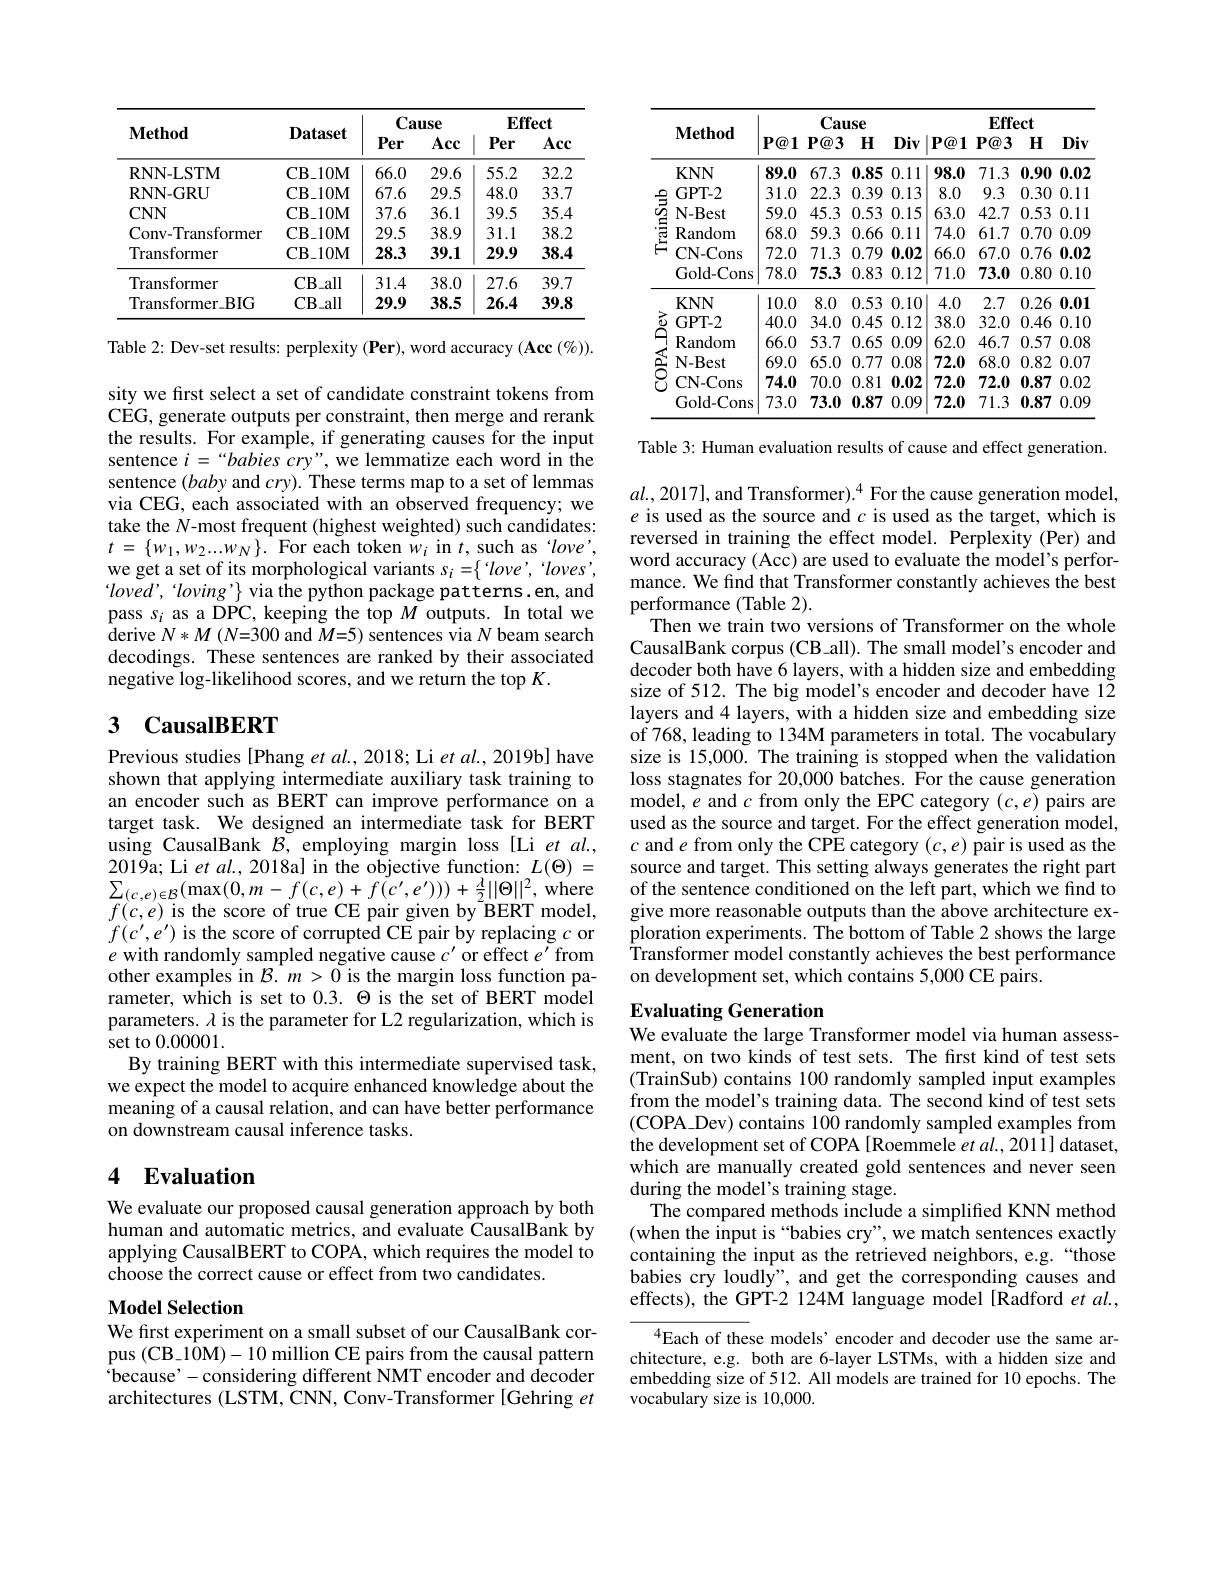
<table>
	<tbody>
		<tr>
			<th rowspan="2">$\mathbf{Method}$</th>
			<th rowspan="2">Dataset</th>
			<th colspan="2">Cause</th>
			<th colspan="2">$\mathbf{Effect}$</th>
		</tr>
		<tr>
			<th>Per</th>
			<th>Acc</th>
			<th>Per</th>
			<th>Acc</th>
		</tr>
		<tr>
			<td>RNN-LSTM</td>
			<td>$\mathbf{CB\_10M}$</td>
			<td>66.0</td>
			<td>29.6</td>
			<td>55.2</td>
			<td>32.2</td>
		</tr>
		<tr>
			<td>RNN-GRU</td>
			<td>$\mathbf{CB\_10M}$</td>
			<td>67.6</td>
			<td>29.5</td>
			<td>48.0</td>
			<td>33.7</td>
		</tr>
		<tr>
			<td>$CNN$</td>
			<td>$\mathbf{CB\_10M}$</td>
			<td>37.6</td>
			<td>36.1</td>
			<td>39.5</td>
			<td>35.4</td>
		</tr>
		<tr>
			<td>Conv-Transformer</td>
			<td>$\mathbf{CB\_10M}$</td>
			<td>29.5</td>
			<td>38.9</td>
			<td>31.1</td>
			<td>38.2</td>
		</tr>
		<tr>
			<td>Transformer</td>
			<td>CB$\_$10M</td>
			<td>28.3</td>
			<td>39.1</td>
			<td>29.9</td>
			<td>38.4</td>
		</tr>
		<tr>
			<td>Transformer</td>
			<td>CB$\_$all</td>
			<td>31.4</td>
			<td>38.0</td>
			<td>27.6</td>
			<td>39.7</td>
		</tr>
		<tr>
			<td>$Transformer\_BIG$</td>
			<td>$\mathbf{CB}_{-all}$</td>
			<td>29.9</td>
			<td>38.5</td>
			<td>26.4</td>
			<td>39.8</td>
		</tr>
	</tbody>
</table>

Table 2: Dev-set results: perplexity (Per), word accuracy (Acc (%)). sity we first select a set of candidate constraint tokens from CEG, generate outputs per constraint, then merge and rerank the results. For example, if generating causes for the input sentence $i=“babies$ cry", we lemmatize each word in the sentence $(baby$ and $cry).$ These terms map to a set of lemmas via CEG, each associated with an observed frequency; we take the $N$-most frequent (highest weighted) such candidates: $t$ = $\{ w_{1}, w_{2}. . . w_{N}\} .$ For each token $w_{i}$ in $t$, such as $love'$, we get a set of its morphological variants $s_i=\{`love',`loves'$, $loved’$, "loving'} via the python package patterns. en, and pass $s_i$ as a DPC, keeping the top $M$ outputs. In total we $\mathop{\mathrm{derive~}}N*M\left(N{=}300\mathrm{~and~}M{=}5\right)$sentences via $N$ beam search decodings. These sentences are ranked by their associated negative log-likelihood scores, and we return the top $K.$

# 3 CausalBERT

Previous studies[Phang et al., 2018; Li et al., 2019b] have shown that applying intermediate auxiliary task training to an encoder such as BERT can improve performance on a target task. We designed an intermediate task for BERT using CausalBank $\mathcal{B}$, employing margin loss[Li et al. 2019a; Li et al., 2018a] in the objective function: $L(\Theta)=$ $\sum_{(c,e)\in\mathcal{B}}(\max(0,m-f(c,e)+f(c^{\prime},e^{\prime})))+\frac{\lambda}{2}||\Theta||^{2}$,where $f(c,e)$ is the score of true CE pair given by BERT model, $f(c^{\prime},e^{\prime})$ is the score of corrupted CE pair by replacing $c$ or $e$ with randomly sampled negative cause $c^\prime$or effect$e^{\prime }$from other examples in $\mathcal{B}.m>0$ is the margin loss function parameter, which is set to $0.3.\Theta$ is the set of BERT model parameters. $\lambda$ is the parameter for L2 regularization, which is set to 0.00001.
By training BERT with this intermediate supervised task, we expect the model to acquire enhanced knowledge about the meaning of a causal relation, and can have better performance on downstream causal inference tasks.

## 4 Evaluation

We evaluate our proposed causal generation approach by both human and automatic metrics, and evaluate CausalBank by applying CausalBERT to COPA, which requires the model to choose the correct cause or effect from two candidates.

## $\mathbf{Model~Selection}$

We first experiment on a small subset of our CausalBank corpus (CB\_10M)-10 million CE pairs from the causal pattern because' - considering different NMT encoder and decoder architectures (LSTM, CNN, Conv-Transformer [Gehring $et$

<table>
	<tbody>
		<tr>
			<th> </th>
			<th>$\mathbf{Method}$</th>
			<th>$P@1$</th>
			<th>Cau $P@3$</th>
			<th>use $H$</th>
			<th>Div</th>
			<th>$|\mathbf{P@1}$</th>
			<th>Eff $P@?$</th>
			<th>ect $\mathbf{H}$</th>
			<th>Div</th>
		</tr>
		<tr>
			<th> </th>
			<th> </th>
			<th colspan="4">Cause</th>
			<th colspan="4">$\mathbf{Effect}$</th>
		</tr>
		<tr>
			<th> </th>
			<th>$\mathbf{Method}$</th>
			<th>$P@1$</th>
			<th>$P@3$</th>
			<th>$H$</th>
			<th>Div</th>
			<th>$P@1$</th>
			<th>$P@?$</th>
			<th>$H$</th>
			<th>Div</th>
		</tr>
		<tr>
			<td rowspan="5"> </td>
			<td>$KNN$</td>
			<td>89.0</td>
			<td>67.3</td>
			<td>0.85</td>
			<td>0.11</td>
			<td>98.0</td>
			<td>71.3</td>
			<td>0.90</td>
			<td>0.02 0</td>
		</tr>
		<tr>
			<td>GPT-2</td>
			<td>31.0</td>
			<td>22.3</td>
			<td>0.39</td>
			<td>0.13</td>
			<td>8.0</td>
			<td>9.3</td>
			<td>0.30</td>
			<td>0.11 0 </td>
		</tr>
		<tr>
			<td>N-Best</td>
			<td>59.0</td>
			<td>45.3</td>
			<td>0.53</td>
			<td>0.15</td>
			<td>63.0</td>
			<td>42.7</td>
			<td>0.53</td>
			<td>0.11 3</td>
		</tr>
		<tr>
			<td>Random</td>
			<td>68.0</td>
			<td>59.3</td>
			<td>0.66</td>
			<td>0.1 11 </td>
			<td>74.0</td>
			<td>61.7</td>
			<td>0.70</td>
			<td>0 0.09</td>
		</tr>
		<tr>
			<td>CN- Cons</td>
			<td>72.0</td>
			<td>71.3</td>
			<td>0.79</td>
			<td>0.02</td>
			<td>66.0</td>
			<td>67.0</td>
			<td>0.76</td>
			<td>0.02 6</td>
		</tr>
		<tr>
			<td> </td>
			<td>Gold-Cons</td>
			<td>78.0</td>
			<td>75.3</td>
			<td>0.83</td>
			<td>0.12</td>
			<td>71.0</td>
			<td>73.0</td>
			<td>0.80</td>
			<td>0 0.10</td>
		</tr>
		<tr>
			<td> </td>
			<td>$KNN$</td>
			<td>10.0</td>
			<td>8.0</td>
			<td>0.53</td>
			<td>0.10</td>
			<td>4.0</td>
			<td>2.7</td>
			<td>0.26</td>
			<td>6 0.01</td>
		</tr>
		<tr>
			<td>元</td>
			<td>GPT-2</td>
			<td>40.0</td>
			<td>34.0</td>
			<td>0.45</td>
			<td>0.12</td>
			<td>38.0</td>
			<td>32.0</td>
			<td>0.46</td>
			<td>6 0.10</td>
		</tr>
		<tr>
			<td>1</td>
			<td>Random</td>
			<td>66.0</td>
			<td>53.7</td>
			<td>0.65</td>
			<td>0.09</td>
			<td>62.0</td>
			<td>46.7</td>
			<td>0.57</td>
			<td>7 0.08</td>
		</tr>
		<tr>
			<td>4 $\square$</td>
			<td>$\mathbf{N-Best}$</td>
			<td>69.0</td>
			<td>65.0</td>
			<td>0.77</td>
			<td>0.08</td>
			<td>72.0</td>
			<td>68.0</td>
			<td>0.82</td>
			<td>0.07 2</td>
		</tr>
		<tr>
			<td>$r$ 1 1</td>
			<td>CN- Cons</td>
			<td>74.0</td>
			<td>70.0</td>
			<td>0.81</td>
			<td>0.02</td>
			<td>72.0</td>
			<td>72.0</td>
			<td>0.87</td>
			<td>0.02 7</td>
		</tr>
		<tr>
			<td> </td>
			<td>Gold-Cons</td>
			<td>73.0</td>
			<td>73.0</td>
			<td>0.87</td>
			<td>0.09</td>
			<td>72.0</td>
			<td>71.3</td>
			<td>0.87</td>
			<td>7 0.09</td>
		</tr>
	</tbody>
</table>

Table 3: Human evaluation results of cause and effect generation.

$al.,2017]$, and Transformer).$^4$ For the cause generation model, $e$ is used as the source and $c$ is used as the target, which is reversed in training the effect model. Perplexity (Per) and word accuracy (Acc) are used to evaluate the model's performance. We find that Transformer constantly achieves the best performance (Table 2).
Then we train two versions of Transformer on the whole CausalBank corpus (CB\_all). The small model's encoder and decoder both have 6 layers, with a hidden size and embedding size of 512. The big model's encoder and decoder have 12 layers and 4 layers, with a hidden size and embedding size of 768, leading to 134M parameters in total. The vocabulary size is 15,000. The training is stopped when the validation loss stagnates for 20,000 batches. For the cause generation model, $e$ and $c$ from only the EPC category $(c,e)$ pairs are used as the source and target. For the effect generation model, $c$ and $e$ from only the CPE category $(c,e)$ pair is used as the source and target. This setting always generates the right part of the sentence conditioned on the left part, which we find to give more reasonable outputs than the above architecture ex- $\underset{\mathrm{T}}{\operatorname*{\operatorname*{ploration~experiments.~The~bottom~of~Table~2~shows~the~large}}}$ $\hat{\text{Transformer model constantly achieves the best performance}}$ on development set, which contains 5,000 CE pairs.

## Evaluating Generation

We evaluate the large Transformer model via human assessment, on two kinds of test sets. The first kind of test sets (TrainSub) contains 100 randomly sampled input examples from the model's training data. The second kind of test sets (COPA\_Dev) contains 100 randomly sampled examples from the development set of COPA [Roemmele $et\textit{al. , 2011] dataset, }$ which are manually created gold sentences and never seen during the model's training stage.
The compared methods include a simplified KNN method (when the input is “babies cry”, we match sentences exactly containing the input as the retrieved neighbors, e.g.“those babies cry loudly", and get the corresponding causes and effects), the GPT-2 124M language model [Radford $etal.$,

$^{4}$Each of these models’ encoder and decoder use the same architecture, e.g. both are 6-layer LSTMs, with a hidden size and embedding size of 512. All models are trained for 10 epochs. The vocabulary size is 10,000.